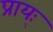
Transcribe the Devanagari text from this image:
प्राय्ः